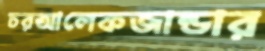
চরআলেকজান্ডার